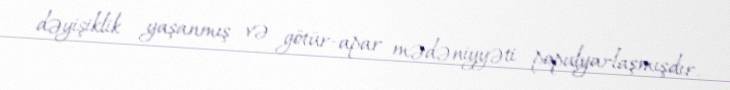
dəyişiklik yaşanmış və götür-apar mədəniyyəti populyarlaşmışdır.